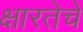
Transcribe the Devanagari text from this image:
क्षारतेचे